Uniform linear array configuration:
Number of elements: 4
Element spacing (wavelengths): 1
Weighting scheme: hamming
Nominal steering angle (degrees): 45
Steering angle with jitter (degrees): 46.033
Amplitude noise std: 0.05
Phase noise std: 0.05

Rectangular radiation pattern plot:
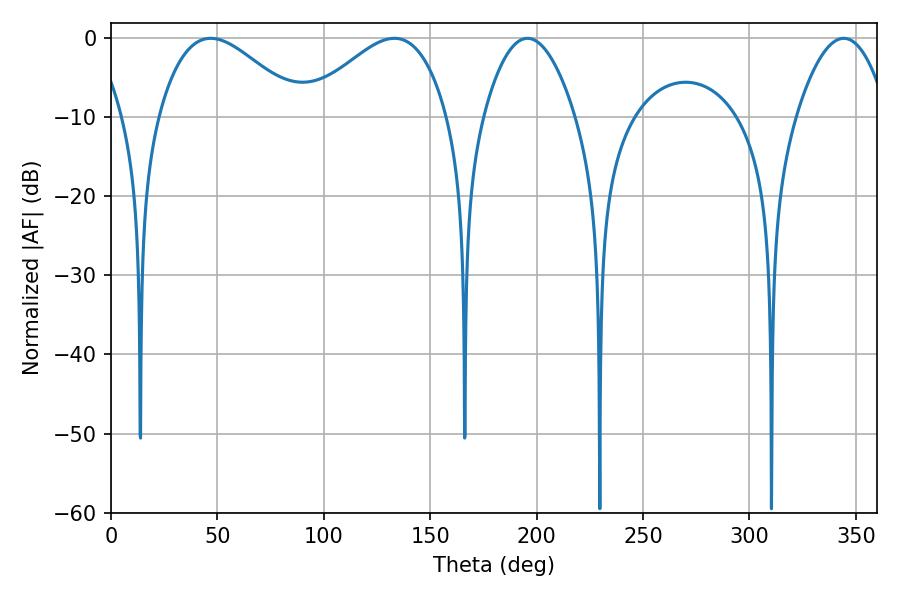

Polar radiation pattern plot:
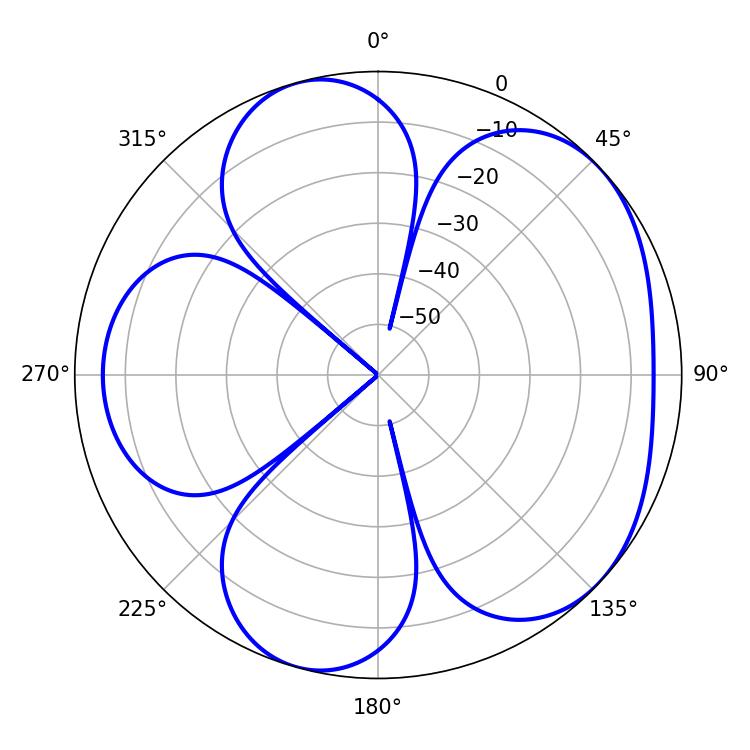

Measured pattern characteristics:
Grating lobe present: TRUE
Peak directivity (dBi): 5.016
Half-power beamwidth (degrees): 36
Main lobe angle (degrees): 46.8